Scottish Leaving Certificate Examination, 1960
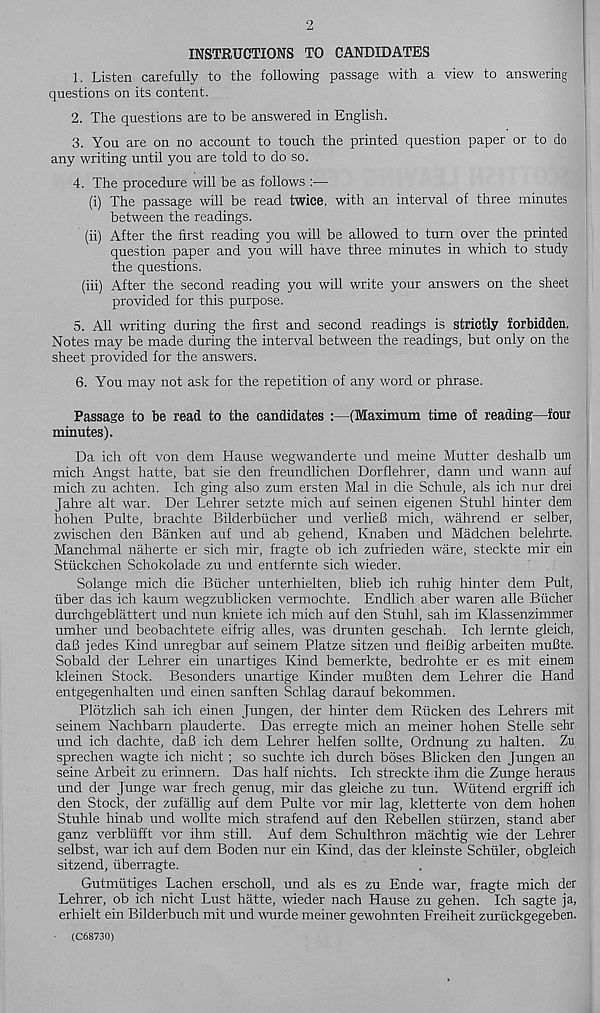
2
INSTRUCTIONS TO CANDIDATES
1. Listen carefully to the following passage with a view to answering
questions on its content.
2. The questions are to be answered in English.
3. You are on no account to touch the printed question paper or to do
any writing until you are told to do so.
4. The procedure will be as follows :•—
(i) The passage will be read twice, with an interval of three minutes
between the readings.
(ii) After the first reading you will be allowed to turn over the printed
question paper and you will have three minutes in which to study
the questions.
(iii) After the second reading you will write your answers on the sheet
provided for this purpose.
5. All writing during the first and second readings is strictly forbidden.
Notes may be made during the interval between the readings, but only on the
sheet provided for the answers.
6. You may not ask for the repetition of any word or phrase.
Passage to be read to the candidates :—(Maximum time of reading—four
minutes).
Da ich oft von dem Hause wegwanderte und meine Mutter deshalb um
mich Angst hatte, bat sie den freundlichen Dorflehrer, dann und wann auf
mich zu achten. Ich ging also zum ersten Mai in die Schule, als ich nur drei
Jahre alt war. Der Lehrer setzte mich auf seinen eigenen Stuhl hinter dem
hohen Pulte, brachte Bilderbiicher und verlieB mich, wahrend er selber,
zwischen den Banken auf und ab gehend, Knaben und Madchen belehrte.
Manchmal naherte er sich mir, fragte ob ich zufrieden ware, steckte mir ein
Stiickchen Schokolade zu und entfernte sich wieder.
Solange mich die Bucher unterhielten, blieb ich ruhig hinter dem Pult,
iiber das ich kaum wegzublicken vermochte. Endlich aber waren alle Bucher
durchgeblattert und nun kniete ich mich auf den Stuhl, sah im Klassenzimmer
umher und beobachtete eifrig alles, was drunten geschah. Ich lernte gleich,
daB jedes Kind unregbar auf seinem Platze sitzen und fleiBig arbeiten muBte.
Sobald der Lehrer ein unartiges Kind bemerkte, bedrohte er es mit einem
kleinen Stock. Besonders unartige Kinder muBten dem Lehrer die Hand
entgegenhalten und einen sanften Schlag darauf bekommen.
Plotzlich sah ich einen Jungen, der hinter dem Rucken des Lehrers mit
seinem Nachbarn plauderte. Das erregte mich an meiner hohen Stelle sehr
und ich dachte, daB ich dem Lehrer helfen sollte, Ordnung zu halten. Zu
sprechen wagte ich nicht ; so suchte ich durch boses Blicken den Jungen an
seine Arbeit zu erinnern. Das half nichts. Ich streckte ihm die Zunge heraus
und der Junge war frech genug, mir das gleiche zu tun. Wiitend ergriff ich
den Stock, der zufallig auf dem Pulte vor mir lag, kletterte von dem hohen
Stuhle hinab und wollte mich strafend auf den Rebellen stiirzen, stand aber
ganz verbliifft vor ihm still. Auf dem Schulthron machtig wie der Lehrer
selbst, war ich auf dem Boden nur ein Kind, das der kleinste Schuler, obgleich
sitzend, iiberragte.
Gutmiitiges Lachen erscholl, und als es zu Ende war, fragte mich der
Lehrer, ob ich nicht Lust hatte, wieder nach Hause zu gehen. Ich sagte ja,
erhielt ein Bilderbuch mit und wurde meiner gewohnten Freiheit zuriickgegeben.
• (C68730)